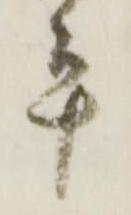
平